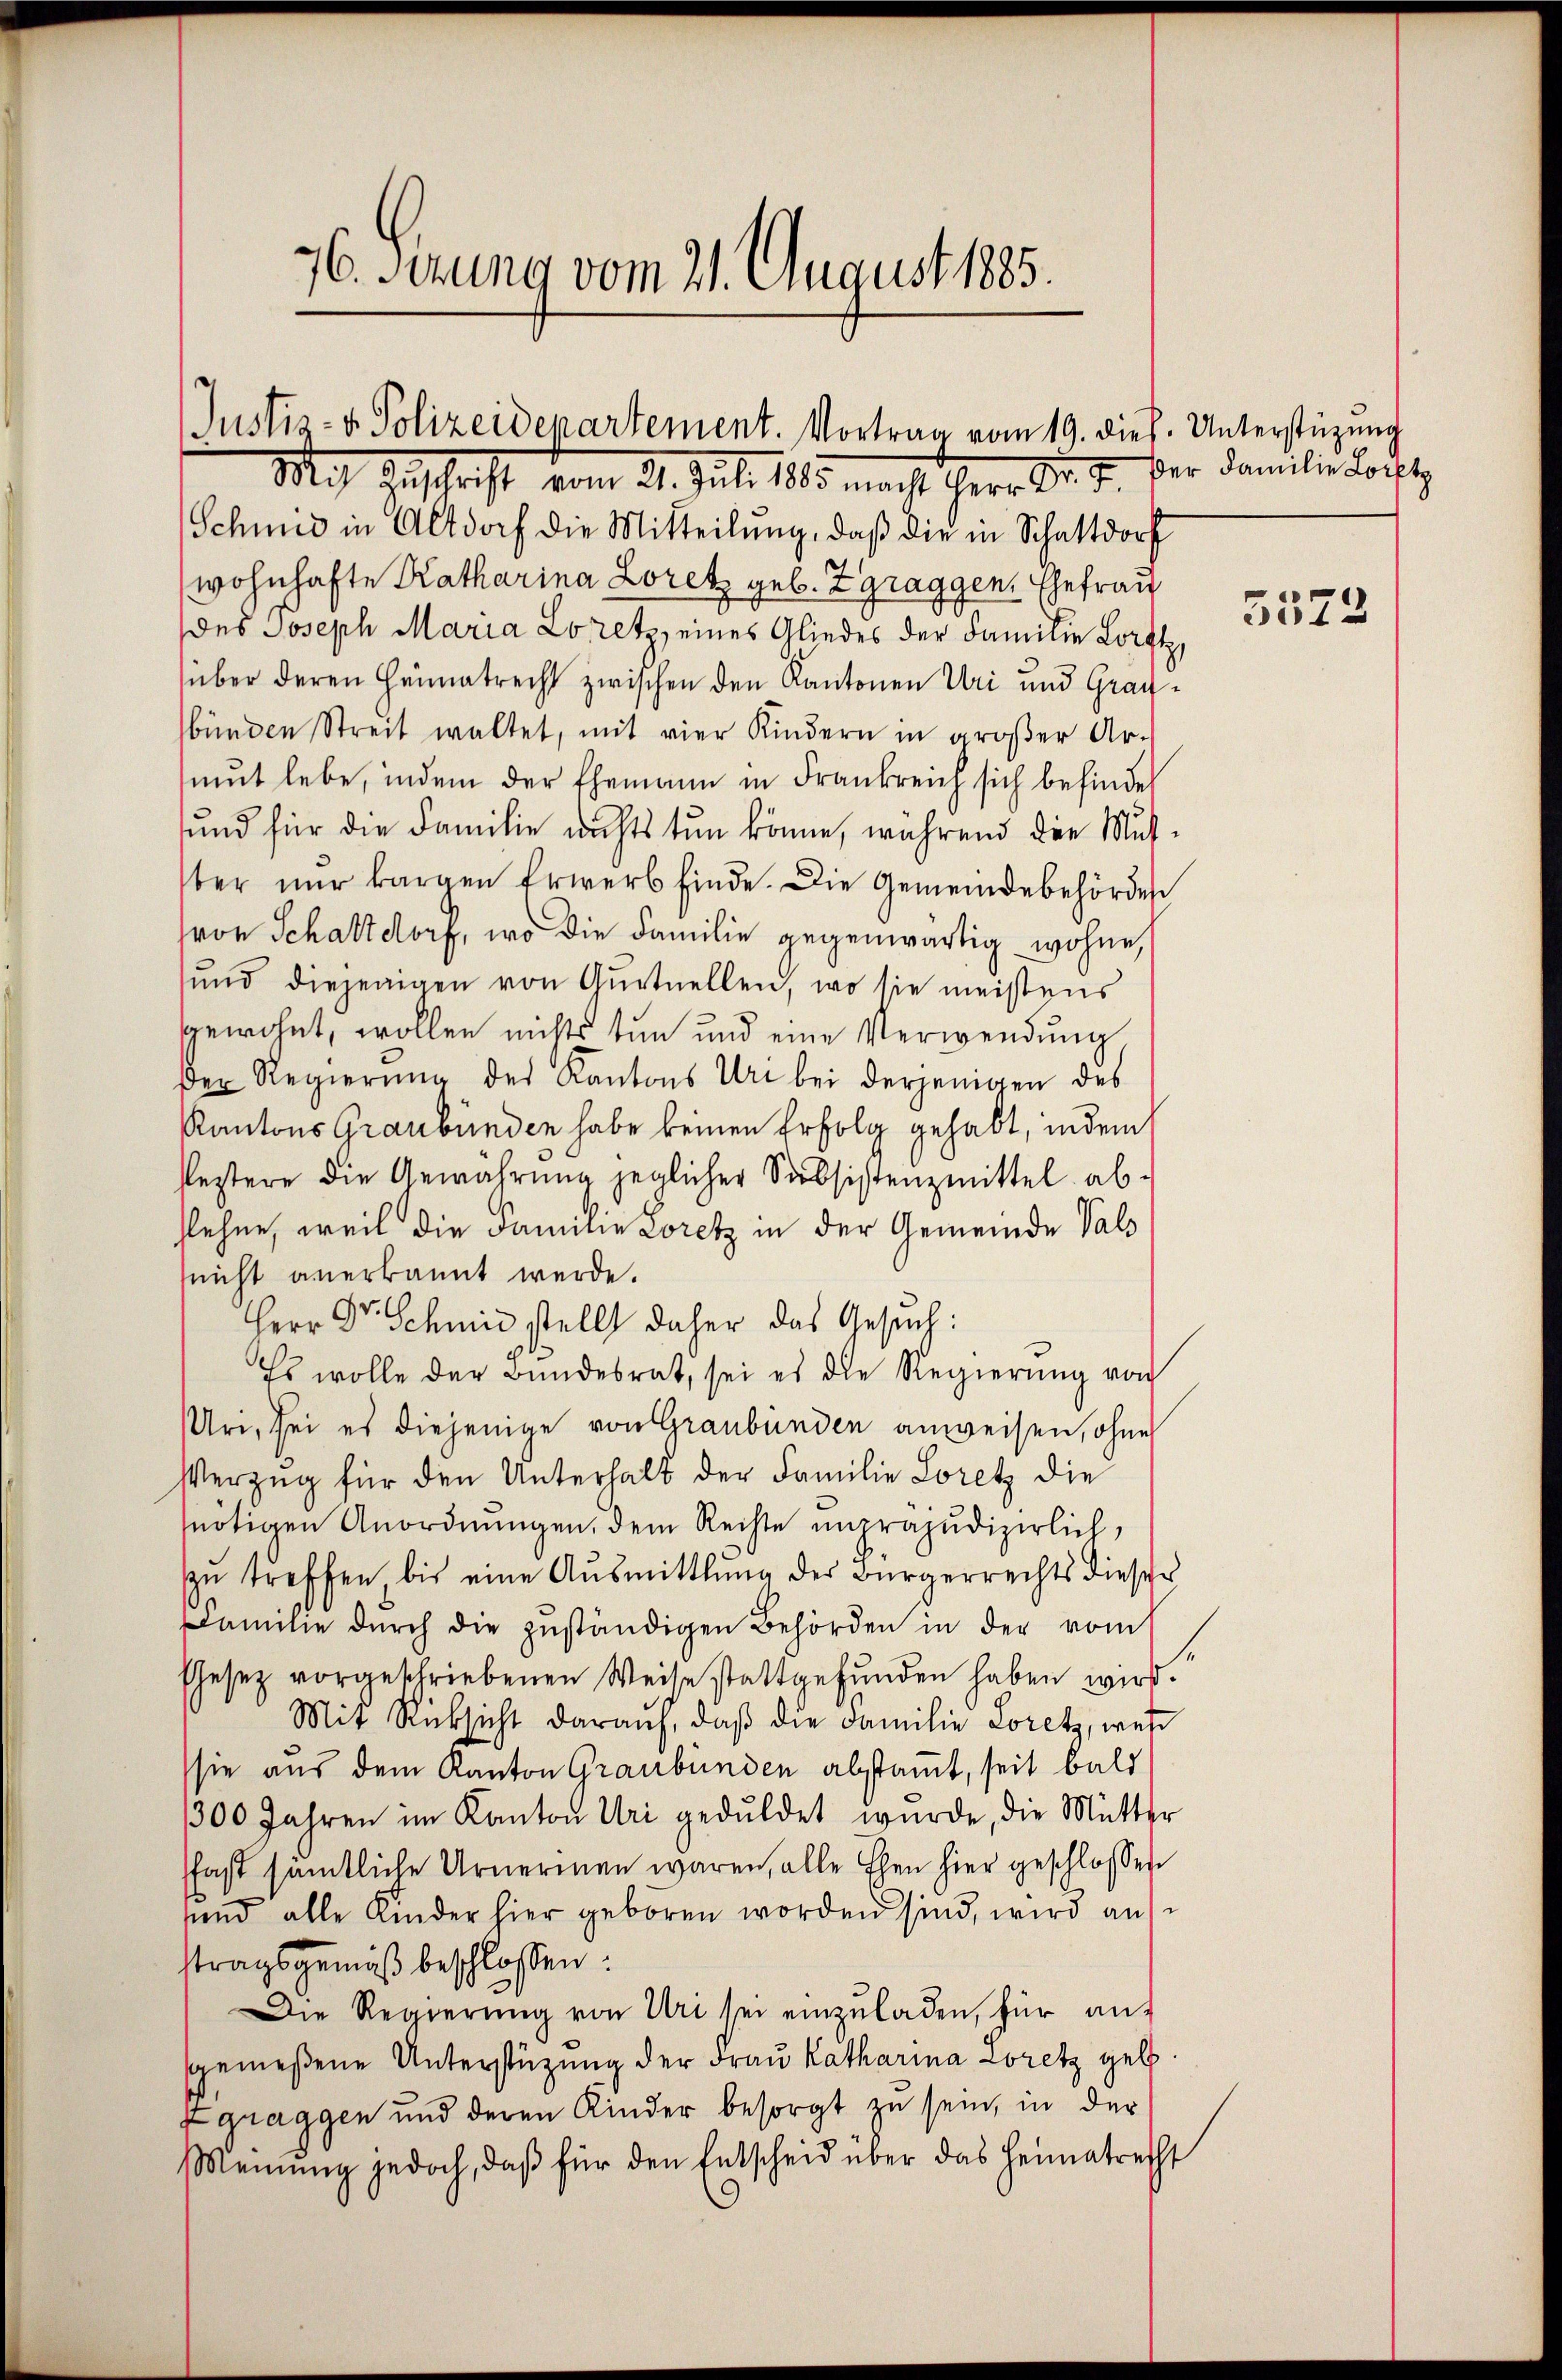
Justiz- & Polizeidepartement. Vortrag vom 19. dies. Unterstüzung

76. Sitzung vom 21. August 1885.

Mit Zuschrift vom 21. Juli 1885. macht Herr Dr. J. der Familie Forst
Schmid in Altdorf die Mitteilŭng, daß die in Schattdorf
(wohnhafte Katharina Loretz geb. Zgraggen, Ehefrau
des Joseph Maria Loretz, eines Gliedes der Familie Lorft,
über deren Heimatrecht zwischen den Kantonen Uri und Graubünden Streit waltet, mit vier Kindern in groβer Ar-
mut lebe, indem der Ehemann in Frankreich sich befindet
und für die Familie nichts tun könne, während die Mutber nŭr kargen Erwerb finde. Die Gemeindebehörden
hron Schattdorf, wo die Familie gegenwärtig wohne,
und diejenigen von Gŭrtuellen, wo sie meistens
sgewohnt, wollen nichts tun und eine Verwendung,
Der Regierŭng des Kantons Uri bei derjenigen des
Kantons Graubünden habe keinen Erfolg gehabt, indem
leztere die Gewährŭng jeglicher Subsistenzmittel ab-
slehen, weil die Familie Loretz in der Gemeinde Vals
(nicht anerkannt werde.
Herr Dr. Schmid stellt daher das Gesuch:
Es wolle der Bundesrat, sei es die Regierŭng von
Uri, sei es diejenige von Graubünden anweisen, ohne
Verzug für den Unterhalt der Familie Loretz die
nötigen Anordnungen, dem Rechte unpräjudizierlich,
zŭ treffen bis eine Aŭsmittlung der Bürgerrechts dieser
Familie dŭrch die zuständigen Behörden in der vom
Ehesez vorgeschriebenen Weise stattgefŭnden haben wird.
Mit Rücksicht daraŭf, daβ die Familie Loretz, wel
sie aus dem Kanton Graubünden abstamt, seit bald
300 Jahren im Kanton Uri geduldet wurde, die Mutter
fast sämtliche Urnermen waren, alle Ehen hier geschlossen
uend alle Kinder hier geboren worden sind, wird auf
stragsgemäß beschlossen:
Die Regierŭng von Uri sei einzŭladen, für anf
sgemeßene Unterstüzung der Frau Katharina Loretz gel
Zgraggen und deren Kinder besorgt zu sein, in der
Meinung jedoch, daβ für den Entscheid über das Heimatrecht

5572